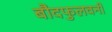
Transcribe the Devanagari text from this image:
बौदफुलवनी